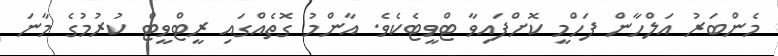
މެންބަރު އަލްހާން ފަހްމީ ކޮށްފައިވާ ޓްވީޓެކެވެ. އާންމު ގޮތެއްގައި ރީޓްވީޓް ކުރުމުގެ މާނަ